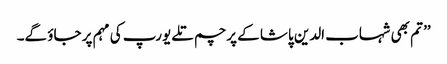
’’ تم بھی شہاب الدین پاشا کے پرچم تلے یورپ کی مہم پر جاؤ گے۔